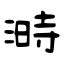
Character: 溡